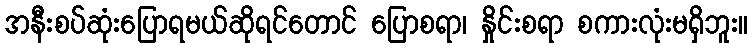
အနီးစပ်ဆုံးပြောရမယ်ဆိုရင်တောင် ပြောစရာ၊ နှိုင်းစရာ စကားလုံးမရှိဘူး။